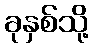
ခုနှစ်သို့